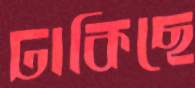
ঢাকিছে